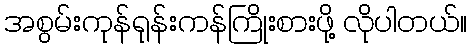
အစွမ်းကုန်ရုန်းကန်ကြိုးစားဖို့ လိုပါတယ်။